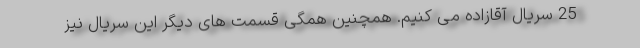
25 سریال آقازاده می کنیم. همچنین همگی قسمت های دیگر این سریال نیز